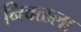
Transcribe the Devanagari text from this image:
निवळला